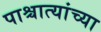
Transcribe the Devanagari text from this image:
पाश्चात्यांच्या